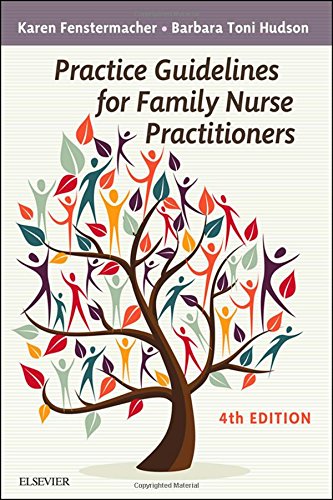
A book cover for Practice Guidelines for Family Nurse Practitioners, 4e; Karen Fenstermacher MS  RN  FNP; Medical Books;